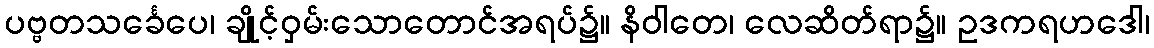
ပဗ္ဗတသင်္ခေပေ၊ ချိုင့်ဝှမ်းသောတောင်အရပ်၌။ နိဝါတေ၊ လေဆိတ်ရာ၌။ ဥဒကရဟဒေါ၊